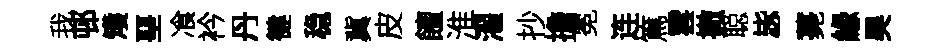
我邨矱堊飡衿丹徤稳冀皮饘淮濯抄擔冕连篤雲撤聪毖薧緣昊